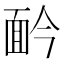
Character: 䩂